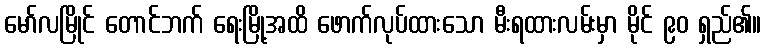
မော်လမြိုင် တောင်ဘက် ရေးမြို့အထိ ဖောက်လုပ်ထားသော မီးရထားလမ်းမှာ မိုင် ၉၀ ရှည်၏။